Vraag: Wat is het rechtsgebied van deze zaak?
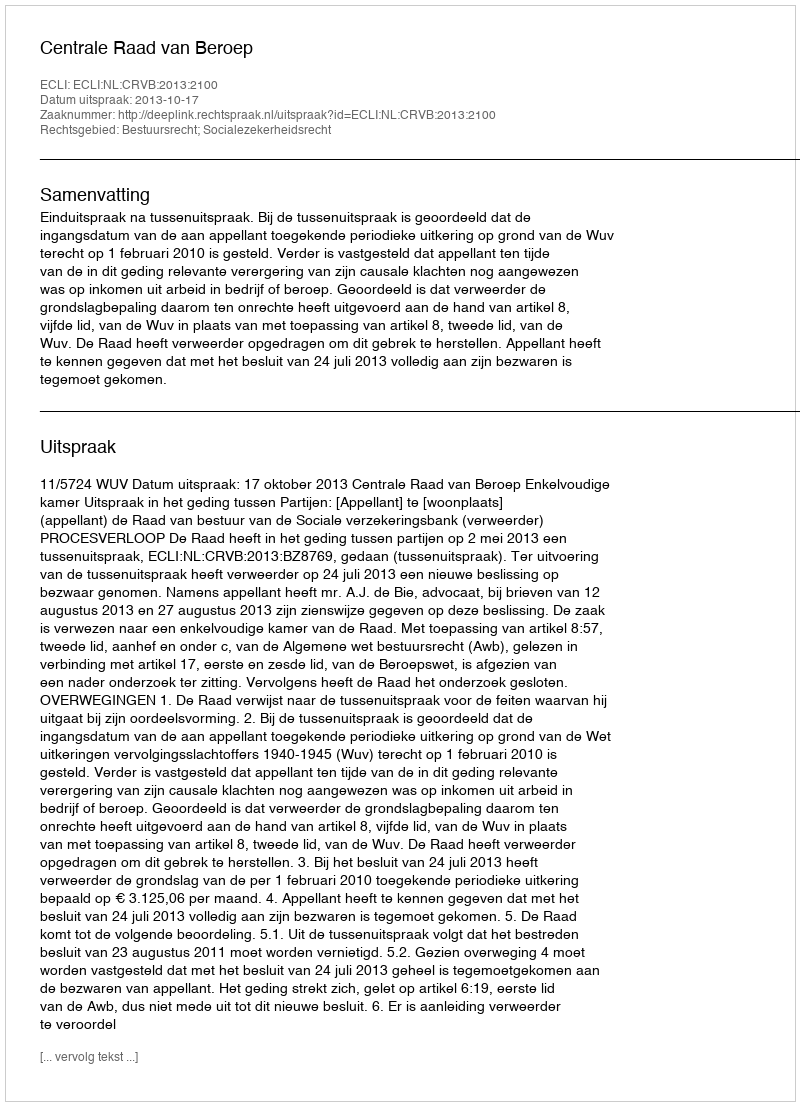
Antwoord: Bestuursrecht; Socialezekerheidsrecht